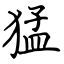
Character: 猛